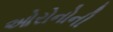
ઓરોનોની